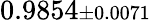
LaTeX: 0.9854{\scriptstyle\pm 0.0071}